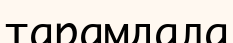
тарамдала